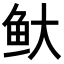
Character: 𬶃